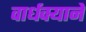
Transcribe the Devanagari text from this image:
वार्धक्याने